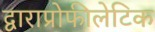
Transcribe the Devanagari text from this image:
द्वाराप्रोफीलेटिक